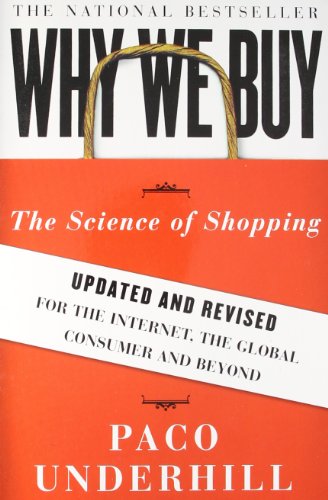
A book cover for Why We Buy: The Science of Shopping--Updated and Revised for the Internet, the Global Consumer, and Beyond; Paco Underhill; Business & Money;